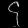
Digit: ၄